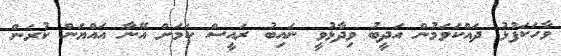
ވާހަކަފުޅު ދައްކަވަމުން އަދީބު ވިދާޅުވީ ނައިބު ރައީސް ކަމަށް އޭނާ އައްޔަން ކުރަން